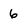
Character: 6